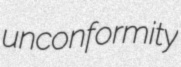
unconformity